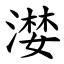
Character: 漤